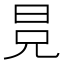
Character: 𣅷